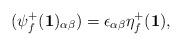
LaTeX: \begin{align*}(\psi^{+}_f({\bf 1})_{\alpha \beta}) = \epsilon_{\alpha \beta} \eta^{+}_f({\bf 1}),\end{align*}